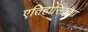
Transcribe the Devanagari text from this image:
एतिहासिकता